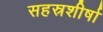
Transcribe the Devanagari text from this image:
सहस्रशीर्षा